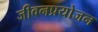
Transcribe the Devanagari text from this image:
जीवनप्रयोजन